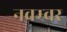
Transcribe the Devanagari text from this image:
नवम्‍वर